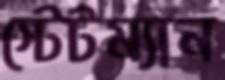
স্টেটম্যান